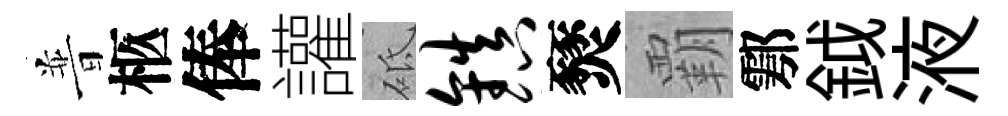
普柩俸讙砥镇燹覇鄠鉞液